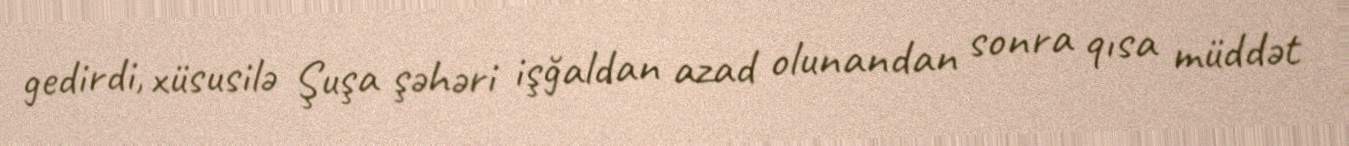
gedirdi, xüsusilə Şuşa şəhəri işğaldan azad olunandan sonra qısa müddət